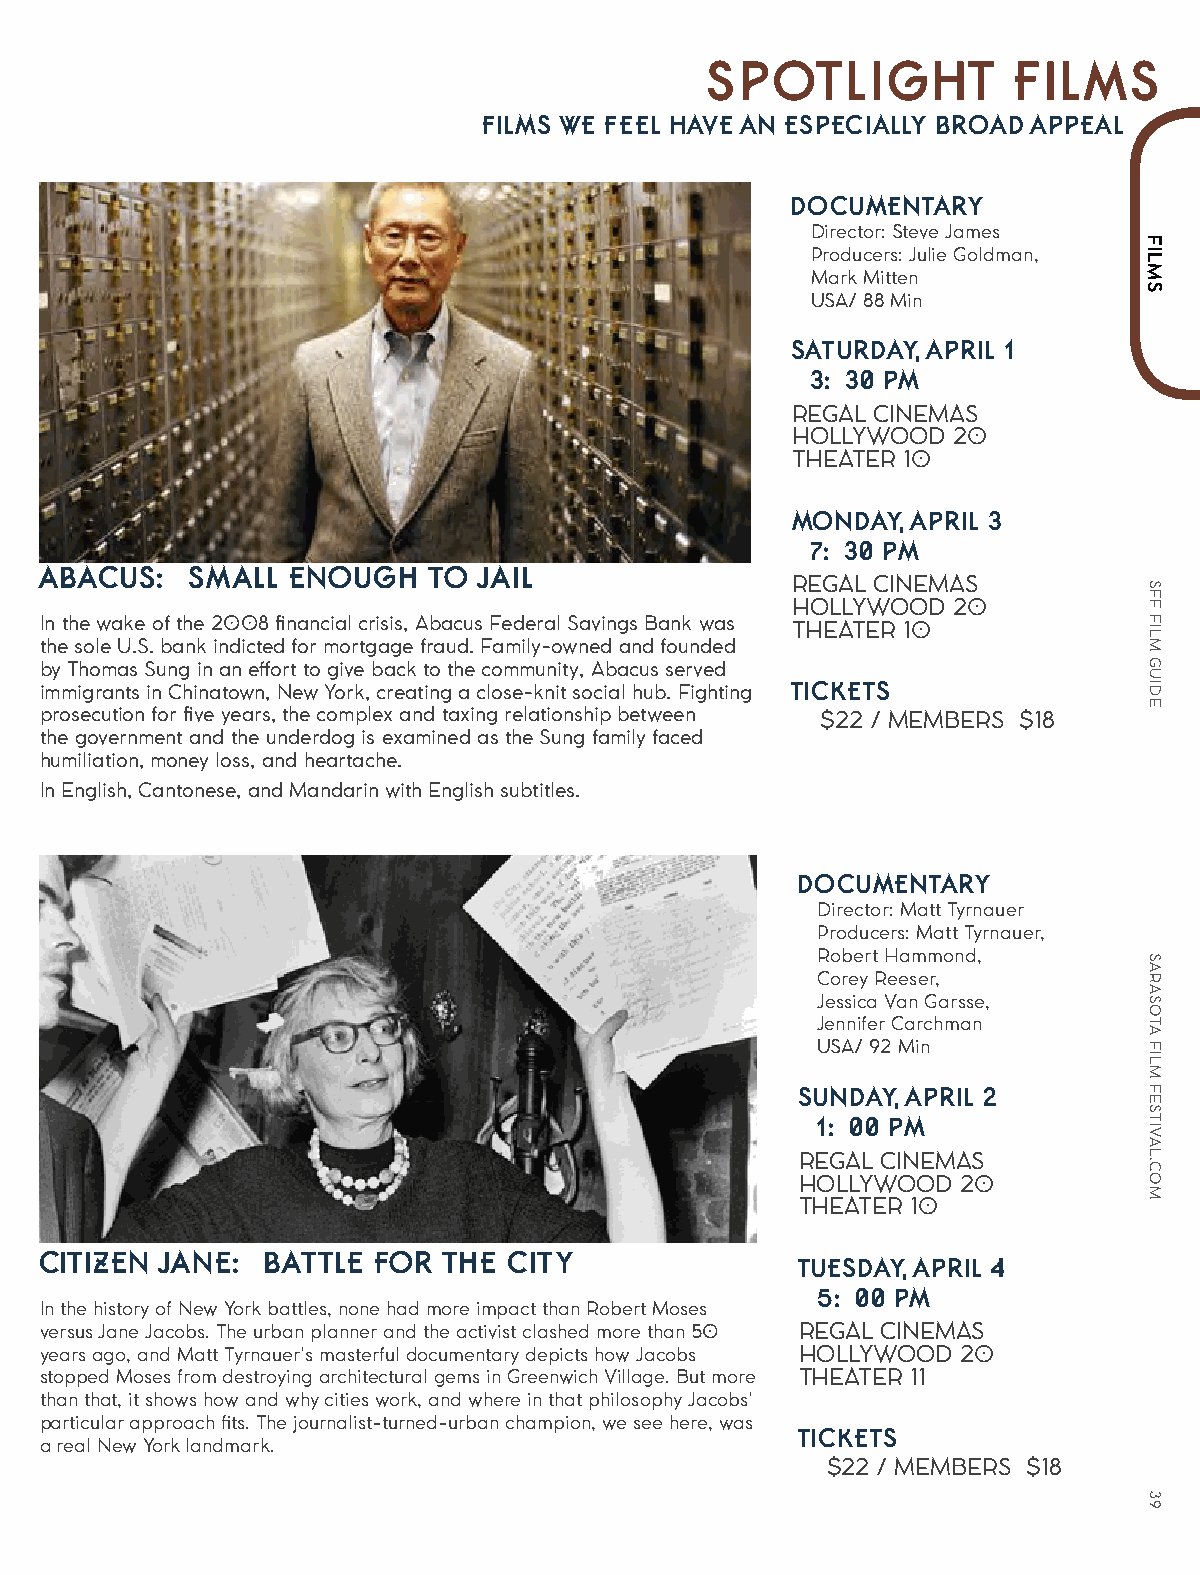
SPOTLIGHT           FILMS
 FILMS WE FEEL HAVE AN ESPECIALLY BROAD APPEAL
 DOCUMENTARY
 Director: Steve James
 Producers: Julie Goldman,
 Mark Mitten
 USA/ 88 Min
 SATURDAY, APRIL 1
 3:30 PM
 REGAL CINEMAS
 HOLLYWOOD  20
 THEATER 10
 MONDAY, APRIL 3
 7:30 PM
 ABACUS:   SMALL ENOUGH    TO JAIL
 REGAL CINEMAS
 HOLLYWOOD  20
 In the wake of the 2008 financial crisis, Abacus Federal Savings Bank was THEATER 10
 the sole U.S. bank indicted for mortgage fraud. Family-owned and founded
 by Thomas Sung in an effort to give back to the community, Abacus served
 immigrants in Chinatown, New York, creating a close-knit social hub. Fighting TICKETS
 prosecution for five years, the complex and taxing relationship between $22 / MEMBERS $18
 the government and the underdog is examined as the Sung family faced
 humiliation, money loss, and heartache.
 In English, Cantonese, and Mandarin with English subtitles.
 DOCUMENTARY
 Director: Matt Tyrnauer
 Producers: Matt Tyrnauer,
 Robert Hammond,
 Corey Reeser,
 Jessica Van Garsse,
 Jennifer Carchman
 USA/ 92 Min
 SUNDAY, APRIL 2
 1:00 PM
 REGAL CINEMAS
 HOLLYWOOD  20
 THEATER 10
 CITIZEN JANE:  BATTLE FOR THE  CITY
 TUESDAY, APRIL 4
 5:00 PM
 In the history of New York battles, none had more impact than Robert Moses
 versus Jane Jacobs. The urban planner and the activist clashed more than 50 REGAL CINEMAS
 years ago, and Matt Tyrnauer's masterful documentary depicts how Jacobs HOLLYWOOD 20
 stopped Moses from destroying architectural gems in Greenwich Village. But more THEATER 11
 than that, it shows how and why cities work, and where in that philosophy Jacobs'
 particular approach fits. The journalist-turned-urban champion, we see here, was
 TICKETS
 a real New York landmark.
 $22 / MEMBERS $18
 FILMS
 SFF
 FILM
 GUIDE
 SARASOTA
 FILM
 FESTIVAL.COM
 39